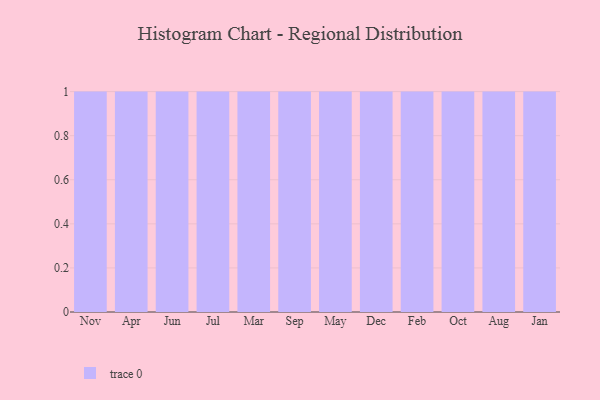
{"axis": {"x": "Month", "y": "Temperature (°C)"}, "legend": [""], "data": [{"x": "Nov", "y": 90, "type": ""}, {"x": "Apr", "y": 2, "type": ""}, {"x": "Jun", "y": 80, "type": ""}, {"x": "Jul", "y": 98, "type": ""}, {"x": "Mar", "y": 13, "type": ""}, {"x": "Sep", "y": 10, "type": ""}, {"x": "May", "y": 68, "type": ""}, {"x": "Dec", "y": 10, "type": ""}, {"x": "Feb", "y": 14, "type": ""}, {"x": "Oct", "y": 13, "type": ""}, {"x": "Aug", "y": 34, "type": ""}, {"x": "Jan", "y": 10, "type": ""}]}